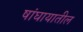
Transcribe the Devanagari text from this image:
षांघायातील